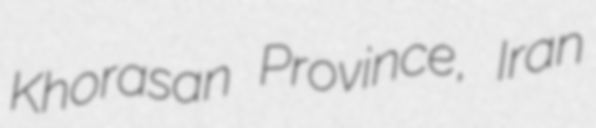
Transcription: Khorasan Province, Iran